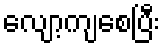
လျော့ကျစေပြီး